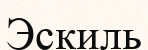
Эскиль